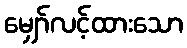
မျှော်လင့်ထားသော